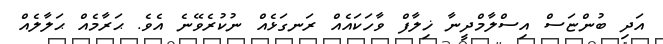
އަދި ބުންޏަސް އިސްލާމްދީނާ ޚިލާފް ވާހަކައެއް ރަނގަޅެއްް ނުކުރެވޭނެ އެވެ. ޙަރާމެއް ޙަލާލެއް